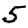
Digit: 5